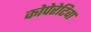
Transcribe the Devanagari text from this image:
कोपेरेटिवा